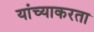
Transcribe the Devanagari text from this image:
यांच्याकरता